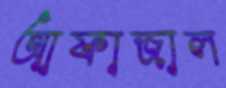
আফাজাল